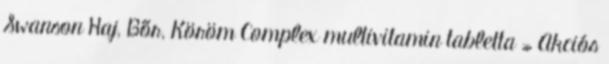
Swanson Haj, Bőr, Köröm Complex multivitamin tabletta » Akciós